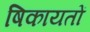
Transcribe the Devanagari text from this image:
षिकायतों